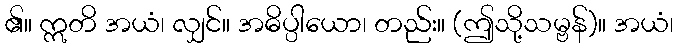
၏။ ဣတိ အယံ၊ လျှင်။ အဓိပ္ပါယော၊ တည်း။ (ဤသို့သမ္ဗန်)။ အယံ၊